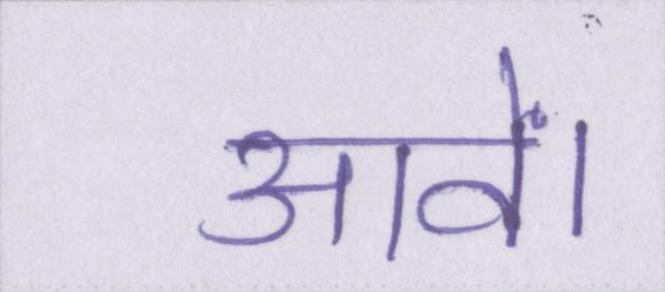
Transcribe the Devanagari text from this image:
आवें।